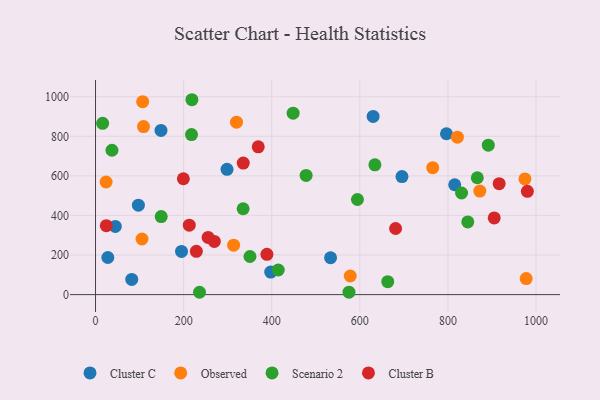
{"axis": {"x": "Engine Size", "y": "Yield"}, "legend": ["Cluster B", "Cluster C", "Observed", "Scenario 2"], "data": [{"x": "44.9", "y": 344.7, "type": "Cluster C"}, {"x": "298.5", "y": 633.1, "type": "Cluster C"}, {"x": "82.2", "y": 76.7, "type": "Cluster C"}, {"x": "796.7", "y": 813.0, "type": "Cluster C"}, {"x": "815.4", "y": 555.1, "type": "Cluster C"}, {"x": "630.2", "y": 900.6, "type": "Cluster C"}, {"x": "397.7", "y": 114.1, "type": "Cluster C"}, {"x": "533.6", "y": 186.2, "type": "Cluster C"}, {"x": "195.2", "y": 218.2, "type": "Cluster C"}, {"x": "695.7", "y": 596.5, "type": "Cluster C"}, {"x": "97.3", "y": 451.8, "type": "Cluster C"}, {"x": "148.6", "y": 829.8, "type": "Cluster C"}, {"x": "27.9", "y": 187.6, "type": "Cluster C"}, {"x": "24.0", "y": 569.1, "type": "Observed"}, {"x": "974.9", "y": 584.6, "type": "Observed"}, {"x": "320.0", "y": 871.6, "type": "Observed"}, {"x": "107.0", "y": 975.0, "type": "Observed"}, {"x": "578.3", "y": 94.1, "type": "Observed"}, {"x": "313.5", "y": 249.9, "type": "Observed"}, {"x": "108.9", "y": 849.2, "type": "Observed"}, {"x": "977.7", "y": 81.0, "type": "Observed"}, {"x": "105.5", "y": 281.1, "type": "Observed"}, {"x": "872.4", "y": 523.0, "type": "Observed"}, {"x": "821.5", "y": 795.7, "type": "Observed"}, {"x": "765.5", "y": 641.4, "type": "Observed"}, {"x": "478.1", "y": 602.1, "type": "Scenario 2"}, {"x": "350.6", "y": 192.7, "type": "Scenario 2"}, {"x": "414.8", "y": 124.3, "type": "Scenario 2"}, {"x": "594.6", "y": 480.7, "type": "Scenario 2"}, {"x": "634.2", "y": 655.9, "type": "Scenario 2"}, {"x": "575.4", "y": 12.3, "type": "Scenario 2"}, {"x": "448.6", "y": 917.0, "type": "Scenario 2"}, {"x": "37.3", "y": 729.5, "type": "Scenario 2"}, {"x": "831.0", "y": 513.5, "type": "Scenario 2"}, {"x": "866.7", "y": 590.7, "type": "Scenario 2"}, {"x": "845.1", "y": 367.4, "type": "Scenario 2"}, {"x": "663.4", "y": 65.5, "type": "Scenario 2"}, {"x": "218.8", "y": 984.9, "type": "Scenario 2"}, {"x": "335.1", "y": 433.8, "type": "Scenario 2"}, {"x": "217.9", "y": 808.7, "type": "Scenario 2"}, {"x": "16.1", "y": 865.5, "type": "Scenario 2"}, {"x": "891.7", "y": 755.1, "type": "Scenario 2"}, {"x": "149.1", "y": 394.5, "type": "Scenario 2"}, {"x": "236.0", "y": 11.8, "type": "Scenario 2"}, {"x": "335.4", "y": 664.7, "type": "Cluster B"}, {"x": "369.4", "y": 746.7, "type": "Cluster B"}, {"x": "212.8", "y": 350.9, "type": "Cluster B"}, {"x": "916.3", "y": 560.6, "type": "Cluster B"}, {"x": "269.7", "y": 268.9, "type": "Cluster B"}, {"x": "389.1", "y": 203.7, "type": "Cluster B"}, {"x": "228.9", "y": 219.0, "type": "Cluster B"}, {"x": "255.6", "y": 288.8, "type": "Cluster B"}, {"x": "24.5", "y": 348.5, "type": "Cluster B"}, {"x": "681.2", "y": 334.1, "type": "Cluster B"}, {"x": "199.4", "y": 585.6, "type": "Cluster B"}, {"x": "905.1", "y": 387.5, "type": "Cluster B"}, {"x": "980.4", "y": 521.9, "type": "Cluster B"}]}